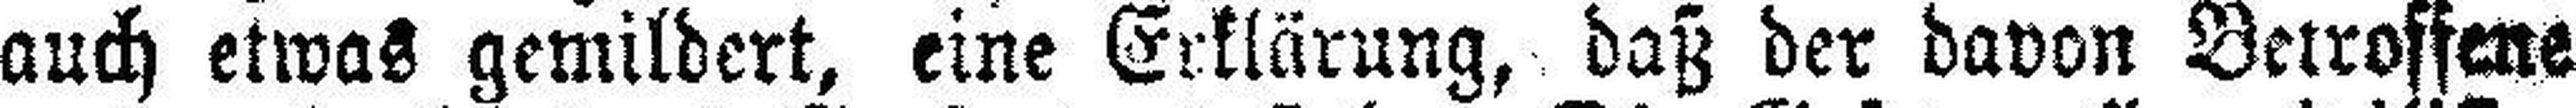
auch etwas gemildert, eine Erklärung, daß der davon Betroffene